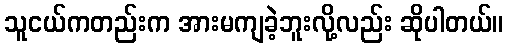
သူငယ်ကတည်းက အားမကျခဲ့ဘူးလို့လည်း ဆိုပါတယ်။